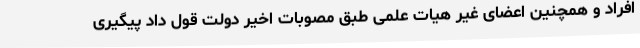
افراد و همچنین اعضای غیر هیات علمی طبق مصوبات اخیر دولت قول داد پیگیری